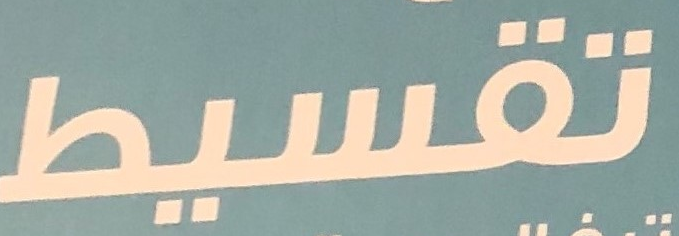
تقسيط